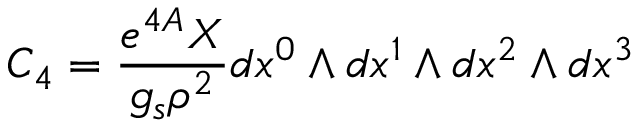
C _ { 4 } = \frac { e ^ { 4 A } X } { g _ { s } \rho ^ { 2 } } d x ^ { 0 } \wedge d x ^ { 1 } \wedge d x ^ { 2 } \wedge d x ^ { 3 }